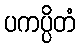
ပကပ္ပိတံ